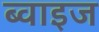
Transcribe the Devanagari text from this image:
ब्वाइज